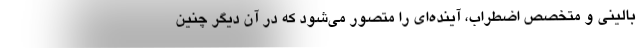
بالینی و متخصص اضطراب، آینده‌ای را متصور می‌شود که در آن دیگر چنین